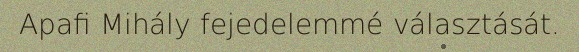
Apafi Mihály fejedelemmé választását.